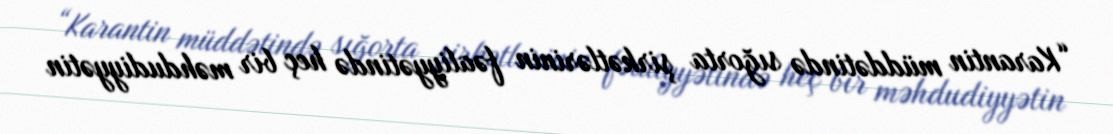
“Karantin müddətində sığorta şirkətlərinin fəaliyyətində heç bir məhdudiyyətin